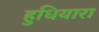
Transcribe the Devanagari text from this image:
हुधियारा